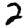
Digit: 2